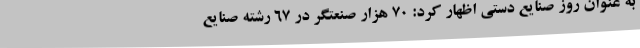
به عنوان روز صنایع دستی اظهار کرد: 70 هزار صنعتگر در 67 رشته صنایع